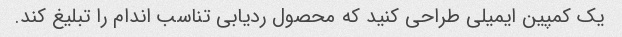
یک کمپین ایمیلی طراحی کنید که محصول ردیابی تناسب اندام را تبلیغ کند.